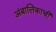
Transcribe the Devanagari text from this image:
अंबालिकाची